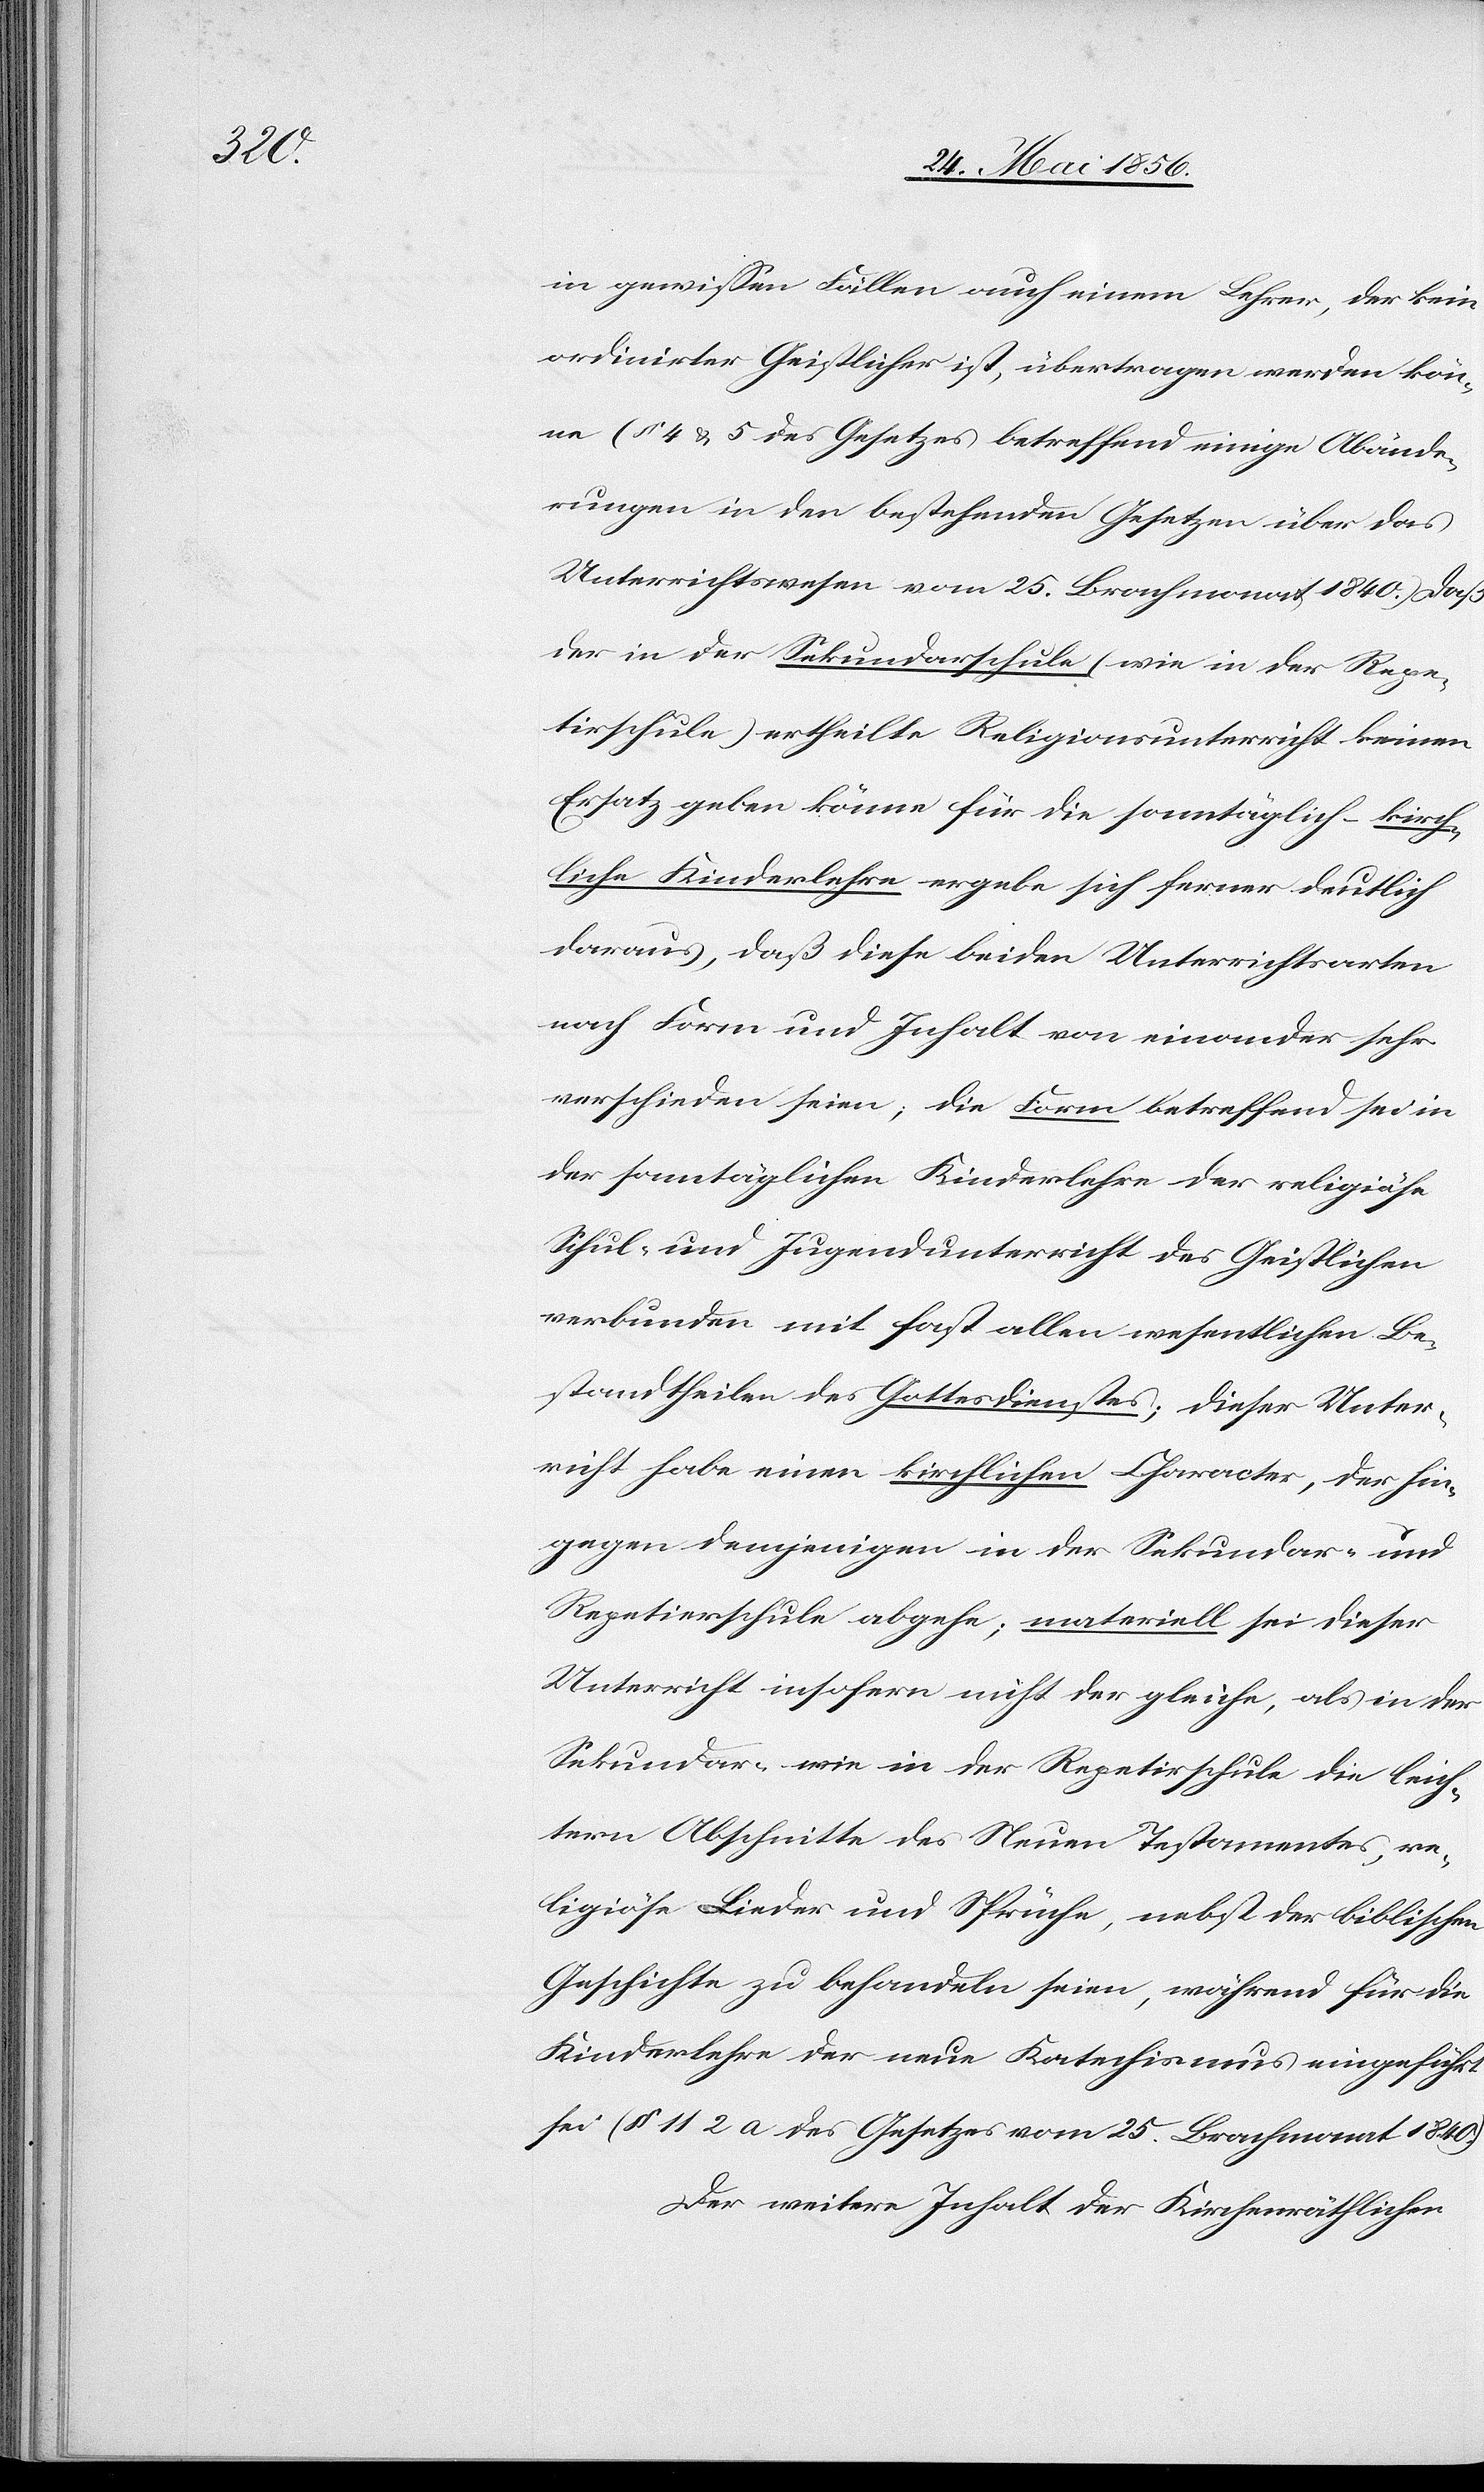
in gewissen Fällen auch einem Lehrer, der kein
ordinirter Geistlicher ist, übertragen werden kön¬
ne (§ 4 & 5 des Gesetzes betreffend einige Abände¬
rungen in den bestehenden Gesetzen über das
Unterrichtswesen vom 25. Brachmonat 1840.) Daß
der in der Sekundarschule (wie in der Repe¬
tirschule) ertheilte Religionsunterricht keinen
Ersatz geben könne für die sonntäglich-kirch¬
liche Kinderlehre ergebe sich ferner deutlich
daraus, daß diese beiden Unterrichtsarten
nach Form und Inhalt von einander sehr
verschieden seien; die Form betreffend sei in
der sonntäglichen Kinderlehre der religiöse
Schul- und Jugendunterricht des Geistlichen
verbunden mit fast allen wesentlichen Be¬
standtheilen des Gottesdienstes; dieser Unter¬
richt habe einen kirchlichen Character, der hin¬
gegen demjenigen in der Sekundar- und
Repetierschule abgehe; materiell sei dieser
Unterricht insofern nicht der gleiche, als in der
Sekundar- wie in der Repetirschule die leich¬
tern Abschnitte des Neuen Testamentes re¬
ligiöse Lieder und Sprüche, nebst der biblischen
Geschichte zu behandeln seien, während für die
Kinderlehre der neue Katechismus eingeführt
sei (§ 112 a des Gesetzes vom 25. Brachmonat 1840)
Der weitere Inhalt der Kirchenräthlichen